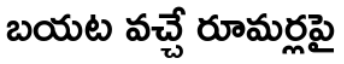
బయట వచ్చే రూమర్లపై